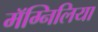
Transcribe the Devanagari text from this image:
मॅग्निलिया